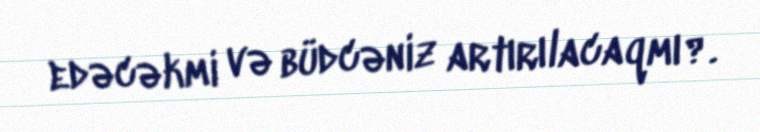
edəcəkmi və büdcəniz artırılacaqmı?.